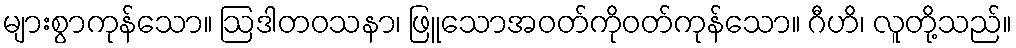
များစွာကုန်သော။ ဩဒါတဝသနာ၊ ဖြူသောအဝတ်ကိုဝတ်ကုန်သော။ ဂီဟိ၊ လူတို့သည်။